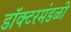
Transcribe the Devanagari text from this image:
डॉक्टरमंडळी